Report of the Municipal Commissioner on the plague in Bombay for the year ending 31st May... - Volume 2
Disease focus: Plague
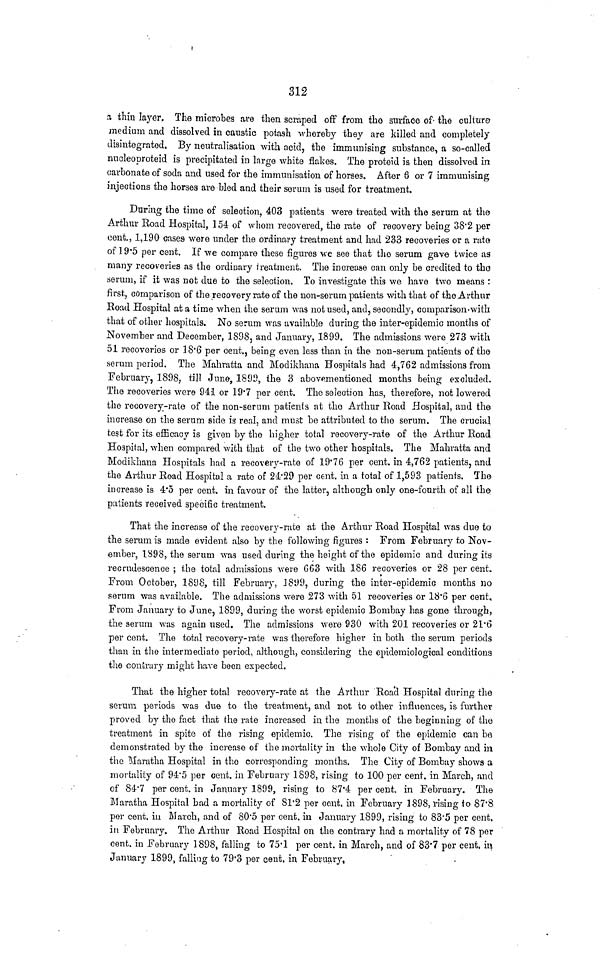
312
a thin layer. The microbes are then scraped off from the surface of- the culture
medium and dissolved in caustic potash -whereby they are killed and completely
disintegrated. By neutralisation with acid, the immunising substance, a so-called
nucleoproteid is precipitated in large white flakes. The proteid is then dissolved in
carbonate of soda and used for the immunisation of horses. After 3 or 7 immunising
injections the horses are bled and their serum is used for treatment.
During the time of selection, 403 patients were treated with the serum at the
Arthur Boad Hospital, 154 of whom recovered, the rate of recovery being 38'2 per
cent., 1,190 cases were under the ordinary treatment and had 233 recoveries or a rato
of 19'5 per cent. If we compare these figures \ve see that the serum gave twice as
many recoveries as the ordinary treatment. The increase can only be credited to the
serum, if it was nofc due to the selection. To investigate this we have two means :
first, comparison of the recovery rate of the non-serum patients with that of the Arthur
Boad Hospital at a time when the serum was not used, and, secondly, comparison-with
that of other hospitals. No serum was available during the inter-epidemic months of
November and December, 1898, and January, 1899. The admissions were 273 with
51 recoveries or 18*6 per cent., being even less than in the non-serum patients of the
serum period. The Mahratta and Modikhana Hospitals had 4,762 admissions from
February, 1898, till June, 1890, the 3 abovementioned months being excluded.
The recoveries were 941 or 19'7 per cent. The selection has, therefore, not lowered
the recovery-rate of the non-serum patients at the Arthur Eoad Hospital, and the
increase on the serum side is real, and must be attributed to the serum. The crucial
test for its efficacy is given by the higher total recovery-rate of the Arthur Eoad
Hospital, when compared with that of the two other hospitals. The Mahratta and
Modikhana Hospitals had a recovery-rate of 19'76 per cent, in 4,762 patients, and
the Arthur Boad Hospital a rate of 24'29 per cent, in a total of 1,593 patients. The
increase is 4*5 per cent, in favour of the latter, although only one-fourth of all the
patients received specific treatment.
That the increase of the recovery-rate at the Arthur Boad Hospital was due to
the serum is made evident also by the following figures : From February to Nov-
ember, 1898, the serum was used during the height of the epidemic and during its
recrudescence ; the total admissions were 663 with 186 recoveries or 28 per cent.
From October, 1898, till February, 1899, during the inter-epidemic months no
serum was available. The admissions were 273 with 51 recoveries or 18'6 per cent.
From January to June, 1899, during the worst epidemic Bombay has gone through,
the serum was again used. The admissions were 930 with 201 recoveries or 2V6
per cent. The total recovery-rate was therefore higher in both the serum periods
than in the intermediate period, although, considering the epidemiological conditions
the contrary might have been expected.
That the higher total recovery-rate at the Arthur 'Boad Hospital during the
serum periods was due to the treatment, and not to other influences, is further
proved by the fact that the rate increased in the months of the beginning of the
treatment in spite of the rising epidemic. The rising of the epidemic can be
demonstrated by the increase of the mortality in the whole City of Bombay and in
the Maratha Hospital in the corresponding months. The City of Bombay shows a
mortality of 94*5 per cent, in February 1898, rising to 100 per cent, in March, and
of S4'7 per cent, in January 1899, rising to 87'4 per cent, in February. The
Maratha Hospital had a mortality of S1'2 per cent, in February 3898, rising io 87'8
per cent, in March, and of 80'5 per cent, in January 1899, rising to 83*5 per cent,
in February. The Arthur Boad Hospital on the contrary had a mortality of 78 per
cent, in February 1898, falling to 75'1 per cent, in March, and of 83'7 per cent. h>
January 1899, falling to 79*3 per cent, in February,